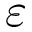
\varepsilon